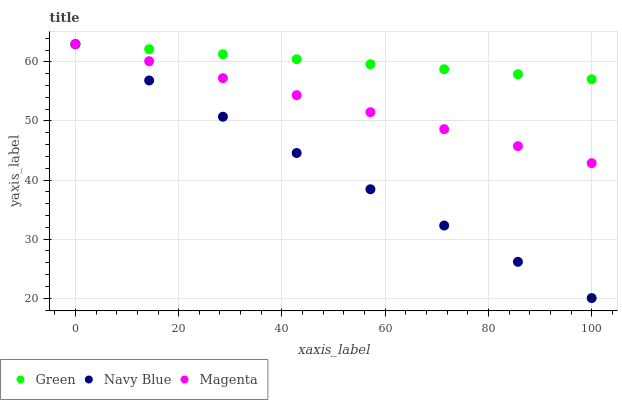
| xaxis_label | Green | Navy Blue | Magenta |
 | --- | --- | --- | --- |
 | 0 | 63 | 63 | 63 |
 | 14.3 | 62.2 | 56.9 | 60.1 |
 | 28.6 | 61.3 | 50.7 | 57.2 |
 | 42.9 | 60.5 | 44.6 | 54.4 |
 | 57.1 | 59.6 | 38.4 | 51.5 |
 | 71.4 | 58.8 | 32.3 | 48.6 |
 | 85.7 | 57.9 | 26.2 | 45.7 |
 | 100 | 57.1 | 20 | 42.9 |